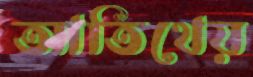
আতিথেয়